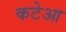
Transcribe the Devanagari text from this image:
कटेआ